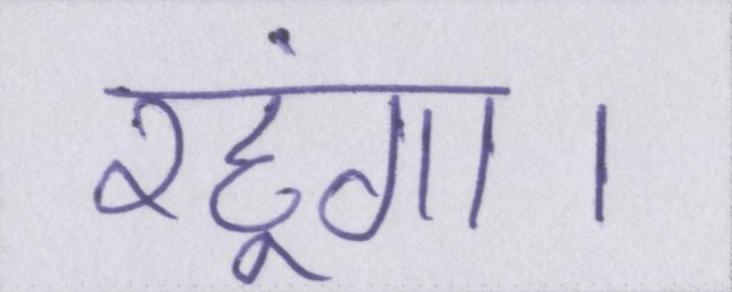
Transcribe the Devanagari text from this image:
रहूंगा।